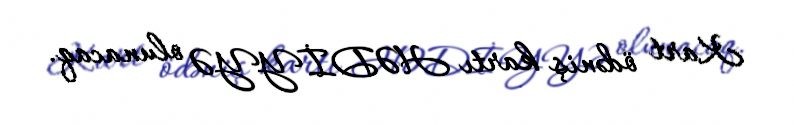
Kart ödəniş kartı HƏDİYYƏ olunacaq.